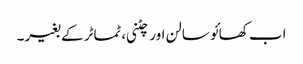
اب کھائو سالن اور چٹنی، ٹماٹر کے بغیر۔